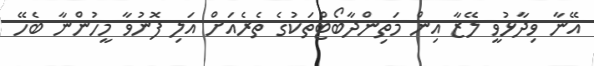
އޭނާ ވިދާޅުވީ ލޭޒާ އިން މަތިންދާބޯޓްތަކުގެ ތެރެއަށް އަލި ފޮނުވާ މީހުންނާ ބެހޭ